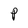
Character: P